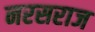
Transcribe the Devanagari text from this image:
नरसराज